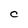
Character: C